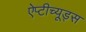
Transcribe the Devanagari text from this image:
ऐप्टीच्यूड्स